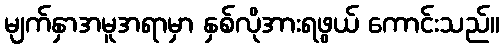
မျက်နှာအမူအရာမှာ နှစ်လိုအားရဖွယ် ကောင်းသည်။